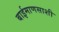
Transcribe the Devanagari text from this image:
बाईमाणसाशी